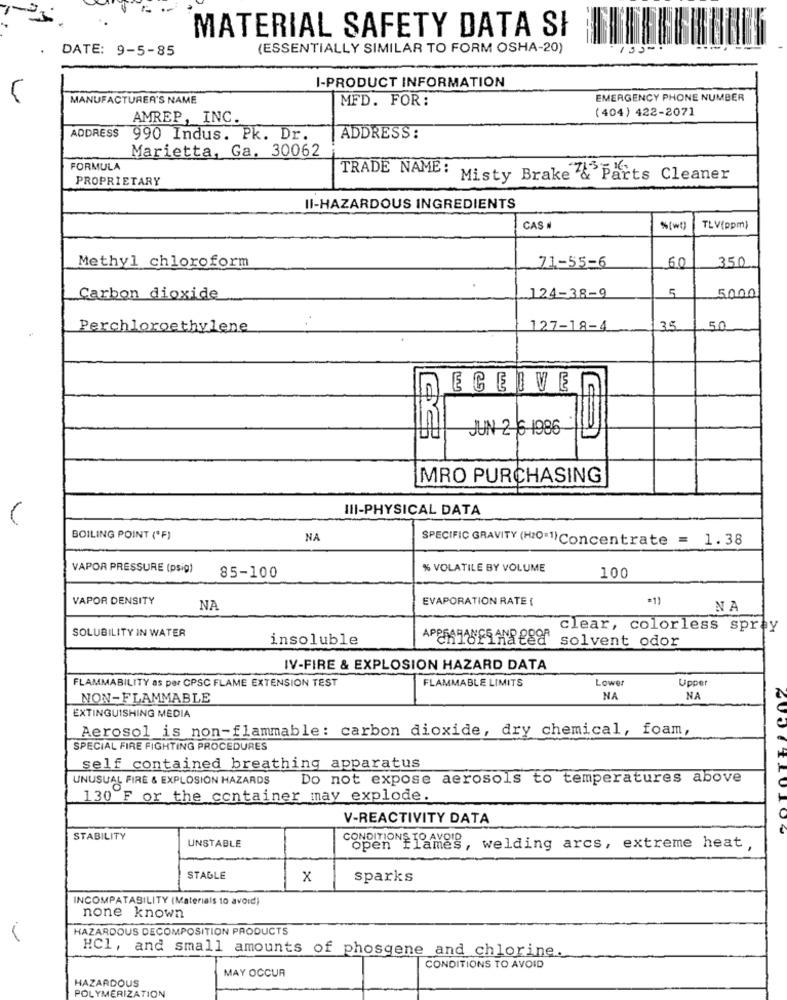
MATERIAL SAFETY DATA SI
DATE: 9-5-85
(ESSENTIALLY SIMILAR TO FORM OSHA-20)
I-PRODUCT INFORMATION
5
MANUFACTURER'S NAME
MFD. FOR:
EMERGENCY PHONE NUMBER
(404) 422-2071
AMREP, INC.
ADDRESS 990 Indus. Pk. Dr.
ADDRESS:
Marietta, Ga. 30062
FORMULA
TRADE NAME:
PROPRIETARY
Misty Brake 7& Parts Cleaner
II-HAZARDOUS INGREDIENTS
CAS #
%(wt)
TLV(ppm)
71-55-6
350
Methyl chloroform
60
5
5000
Carbon dioxide
124-38-9
Perchloroethylene
127-18-4
35
50
10
ECEVEN
JUN 2 6 1986-
MRO PURCHASING
III-PHYSICAL DATA
BOILING POINT (*F)
NA
SPECIFIC GRAVITY (H2O=1)Concentrate = 1.38
VAPOR PRESSURE (psig)
% VOLATILE BY VOLUME
85-100
100
VAPOR DENSITY
EVAPORATION RATE (
NA
NA
SOLUBILITY IN WATER
clear, colorless spray
insoluble
APORTESHRS solvent odor
IV-FIRE & EXPLOSION HAZARD DATA
FLAMMABILITY as per CPSC FLAME EXTENSION TEST
FLAMMABLE LIMITS
Upper
Lower
NON-FLAMMABLE
NA
NA
EXTINGUISHING MEDIA
Aerosol is non-flammable: carbon dioxide, dry chemical, foam,
SPECIAL FIRE FIGHTING PROCEDURES
self contained breathing apparatus
UNUSUAL FIRE & EXPLOSION HAZARDS
Do not expose aerosols to temperatures above
130 F or the container may explode.
V-REACTIVITY DATA
STABILITY
UNSTABLE
CONDITIONE Tameg, welding arcs, extreme heat,
STAGLE
x
sparks
INCOMPATABILITY (Materials to avoid)
none known
HAZARDOUS DECOMPOSITION PRODUCTS
HCl, and small amounts of phosgene and chlorine.
CONDITIONS TO AVOID
HAZARDOUS
MAY OCCUR
POLYMERIZATION